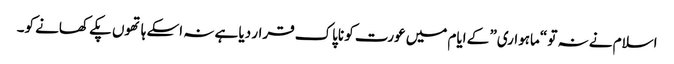
اسلام نے نہ تو “ماہواری” کے ایام میں عورت کو ناپاک قرار دیا ہے نہ اسکے ہاتھوں پکے کھانے کو۔